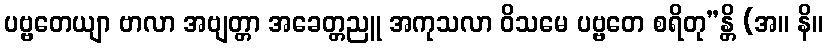
ပဗ္ဗတေယျာ ဗာလာ အဗျတ္တာ အခေတ္တညူ အကုသလာ ဝိသမေ ပဗ္ဗတေ စရိတု”န္တိ (အ။ နိ။